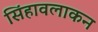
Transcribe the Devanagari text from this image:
सिंहावलाकन